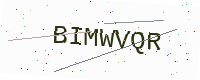
Text: BIMWVQR